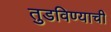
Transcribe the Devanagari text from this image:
तुडविण्याची